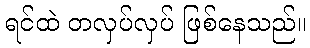
ရင်ထဲ တလှပ်လှပ် ဖြစ်နေသည်။